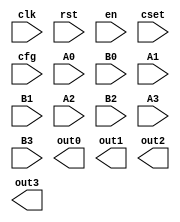
(* blackbox *)
module mac_cluster #(
  // 1 (MSB) but for signed (1) or unsigned (0), 1 bit for mac or mul, 2 (LSB) bits for Single, Dual, or Quad.
  parameter MAC_CONF_WIDTH=4,
  parameter MAC_MIN_WIDTH=8,
  parameter MAC_MULT_WIDTH=2*MAC_MIN_WIDTH,
  parameter MAC_ACC_WIDTH=2*MAC_MULT_WIDTH,
  parameter MAC_INT_WIDTH=5*MAC_MIN_WIDTH // Used for internal MAC wires, widest bitwidth according to Quad config
)(
  input clk,
  input rst,
  input en,

  // Shift configuration across cfg bus. When this signal goes high, register
  // the values on the cfg bus.
  input cset,

  // Most significant 4*MAC_ACC_WIDTH: Initial MAC accumulator state, for
  //                                   4 blocks.
  // Least significant MAC_CONF_WIDTH as above.
  input [4*MAC_ACC_WIDTH + MAC_CONF_WIDTH - 1:0] cfg,

  input [MAC_MIN_WIDTH-1:0] A0,
  input [MAC_MIN_WIDTH-1:0] B0,
  input [MAC_MIN_WIDTH-1:0] A1,
  input [MAC_MIN_WIDTH-1:0] B1,
  input [MAC_MIN_WIDTH-1:0] A2,
  input [MAC_MIN_WIDTH-1:0] B2,
  input [MAC_MIN_WIDTH-1:0] A3,
  input [MAC_MIN_WIDTH-1:0] B3,

  output [MAC_ACC_WIDTH-1:0] out0,
  output [MAC_ACC_WIDTH-1:0] out1,
  output [MAC_ACC_WIDTH-1:0] out2,
  output [MAC_ACC_WIDTH-1:0] out3
);

endmodule